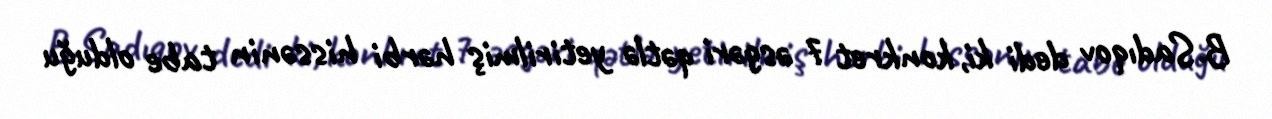
B.Sadıqov dedi ki, konkret 7 əsgəri qətlə yetirilmiş hərbi hissənin tabe olduğu